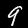
Digit: 9